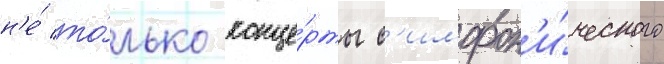
н'е́ то́лько конце́рты с'имфон'и́ческого